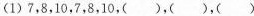
（1）7，8，10，7，8，10，（ ），（ ），（ ）